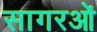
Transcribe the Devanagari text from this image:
सागरओं